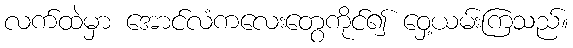
လက်ထဲမှာ အောင်လံကလေးတွေကိုင်၍ ဝှေ့ယမ်းကြသည်။